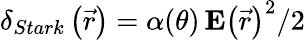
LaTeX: \delta_{Stark}\left(\vec{r}\right)=\alpha(\theta)\, \mathbf{E}\left(\vec{r}\right)^{2}/2